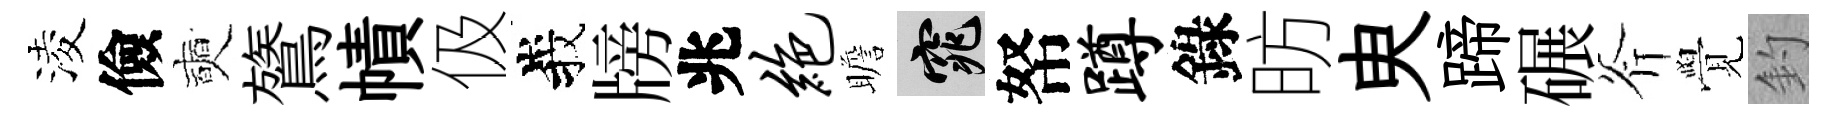
淩儉奭鷟幘伋峩牓兆绝瞻窕帑蹲錄昉㬰蹄碾斧覺釣